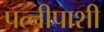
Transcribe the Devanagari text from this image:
पत्नीपाशी